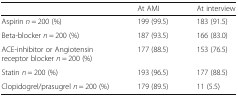
<table><thead><tr><td></td><td><b>At AMI</b></td><td><b>At interview</b></td></tr></thead><tbody><tr><td>Aspirin <i>n</i> = 200 (%)</td><td>199 (99.5)</td><td>183 (91.5)</td></tr><tr><td>Beta-blocker <i>n</i> = 200 (%)</td><td>187 (93.5)</td><td>166 (83.0)</td></tr><tr><td>ACE-inhibitor or Angiotensin receptor blocker <i>n</i> = 200 (%)</td><td>177 (88.5)</td><td>153 (76.5)</td></tr><tr><td>Statin <i>n</i> = 200 (%)</td><td>193 (96.5)</td><td>177 (88.5)</td></tr><tr><td>Clopidogrel/prasugrel <i>n</i> = 200 (%)</td><td>179 (89.5)</td><td>11 (5.5)</td></tr></tbody></table>